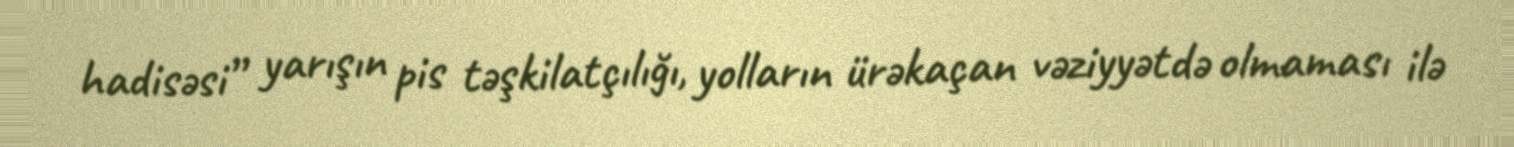
hadisəsi” yarışın pis təşkilatçılığı, yolların ürəkaçan vəziyyətdə olmaması ilə